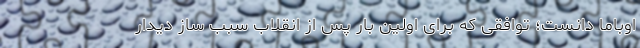
اوباما دانست؛ توافقی که برای اولین بار پس از انقلاب سبب ساز دیدار